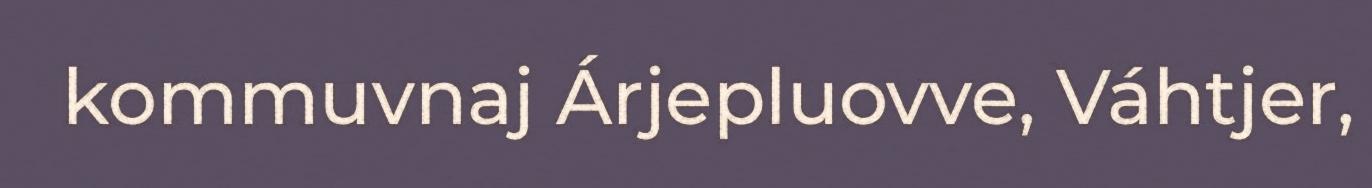
kommuvnaj Árjepluovve, Váhtjer,